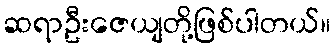
ဆရာဦးဇေယျတို့ဖြစ်ပါတယ်။